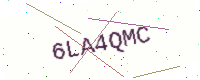
Text: 6LA4QMC